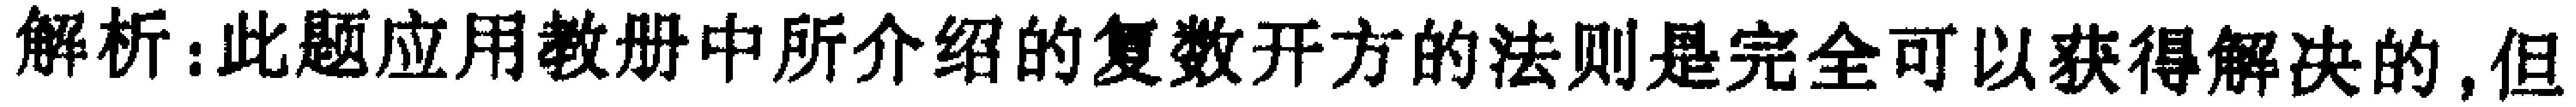
解析：此题应用教册中所介绍的复数开方的法则是完全可以获得解决的,但